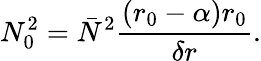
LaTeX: N_{0}^{2}=\bar{N}^{2}\frac{(r_{0}-\alpha)r_{0}}{\delta r}.